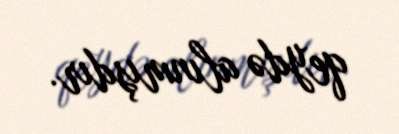
qeydə alınmışdır.